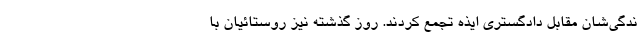
ندگی‌شان مقابل دادگستری ایذه تجمع کردند. روز گذشته نیز روستائیان با